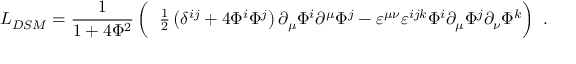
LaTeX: \! \! \! \! { \cal L } _ { D S M } = \frac 1 { 1 + 4 { \Phi } ^ { 2 } } \left( \phantom { \frac I I } \! { \textstyle \frac 1 2 } \left( \delta ^ { i j } + 4 \Phi ^ { i } \Phi ^ { j } \right) \partial _ { \mu } \Phi ^ { i } \partial ^ { \mu } \Phi ^ { j } - \varepsilon ^ { \mu \nu } \varepsilon ^ { i j k } \Phi ^ { i } \partial _ { \mu } \Phi ^ { j } \partial _ { \nu } \Phi ^ { k } \right) ~ .